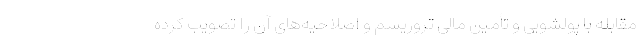
مقابله با پولشویی و تأمین مالی تروریسم و اصلاحیه‌های آن را تصویب کرده